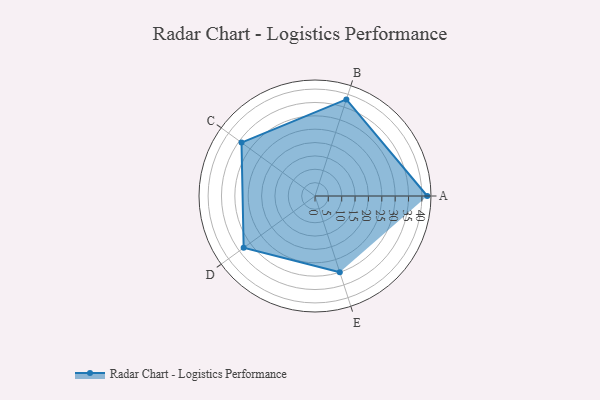
{"axis": {"x": "Skill", "y": "Score"}, "legend": ["Profile"], "data": [{"x": "A", "y": 42.0, "type": "Profile"}, {"x": "B", "y": 38.0, "type": "Profile"}, {"x": "C", "y": 34.0, "type": "Profile"}, {"x": "D", "y": 33.0, "type": "Profile"}, {"x": "E", "y": 30.0, "type": "Profile"}]}